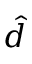
\hat { d }